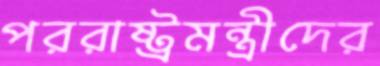
পররাষ্ট্রমন্ত্রীদের